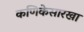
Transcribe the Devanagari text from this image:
कणिकेसारखा